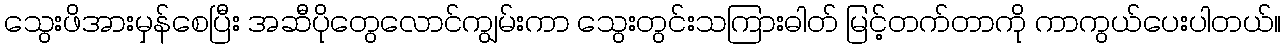
သွေးဖိအားမှန်စေပြီး အဆီပိုတွေလောင်ကျွမ်းကာ သွေးတွင်းသကြားဓါတ် မြင့်တက်တာကို ကာကွယ်ပေးပါတယ်။